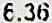
6.36